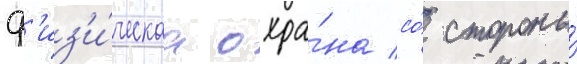
ф'из'и́ческаа охра́на со́ стороны́